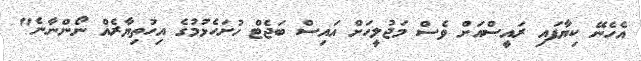
އެހެނޭ ކިޔާފައި ރައީސްއަށް ވެސް މަޖުލީހަށް އައިސް ބަޖެޓް ހުށަހެޅުމުގެ އިހުތިޔާރެއް ނޯންނާނެ"